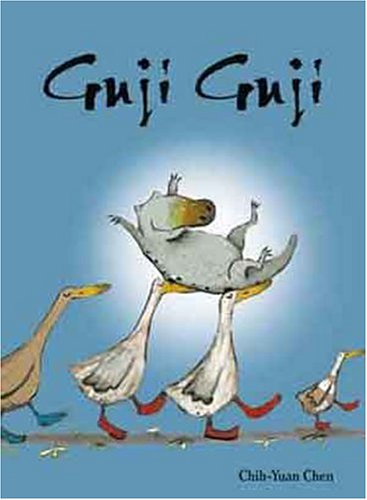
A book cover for Guji Guji; Chih-Yuan Chen; Children's Books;